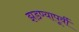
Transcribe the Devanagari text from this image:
झडण्यापूर्वी